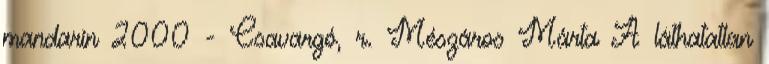
mandarin 2000 - Csavargó, r. Mészáros Márta A láthatatlan